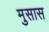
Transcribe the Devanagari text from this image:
मुसास